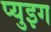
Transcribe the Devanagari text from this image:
प्युइग